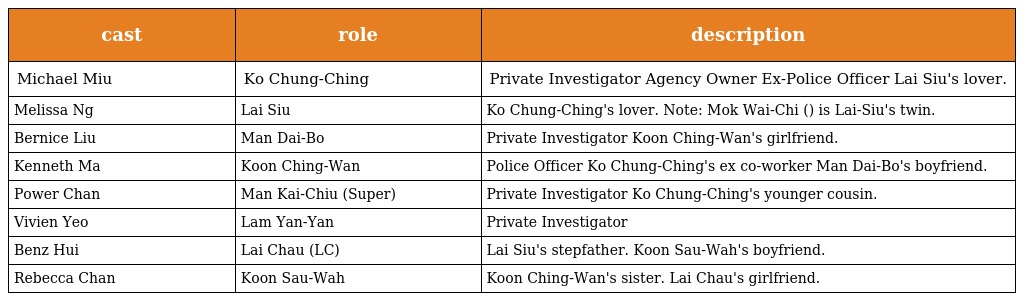
| cast | role | description |
 | --- | --- | --- |
 | Michael Miu | Ko Chung-Ching 高中正 | Private Investigator Agency Owner Ex-Police Officer Lai Siu's lover. |
 | Melissa Ng | Lai Siu 黎筱 | Ko Chung-Ching's lover. Note: Mok Wai-Chi (莫慧姿) is Lai-Siu's twin. |
 | Bernice Liu | Man Dai-Bo 萬大寶 | Private Investigator Koon Ching-Wan's girlfriend. |
 | Kenneth Ma | Koon Ching-Wan 官青雲 | Police Officer Ko Chung-Ching's ex co-worker Man Dai-Bo's boyfriend. |
 | Power Chan | Man Kai-Chiu (Super) 文啟超 | Private Investigator Ko Chung-Ching's younger cousin. |
 | Vivien Yeo | Lam Yan-Yan 林欣欣 | Private Investigator |
 | Benz Hui | Lai Chau (LC) 黎秋 | Lai Siu's stepfather. Koon Sau-Wah's boyfriend. |
 | Rebecca Chan | Koon Sau-Wah 官秀華 | Koon Ching-Wan's sister. Lai Chau's girlfriend. |